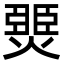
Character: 燛